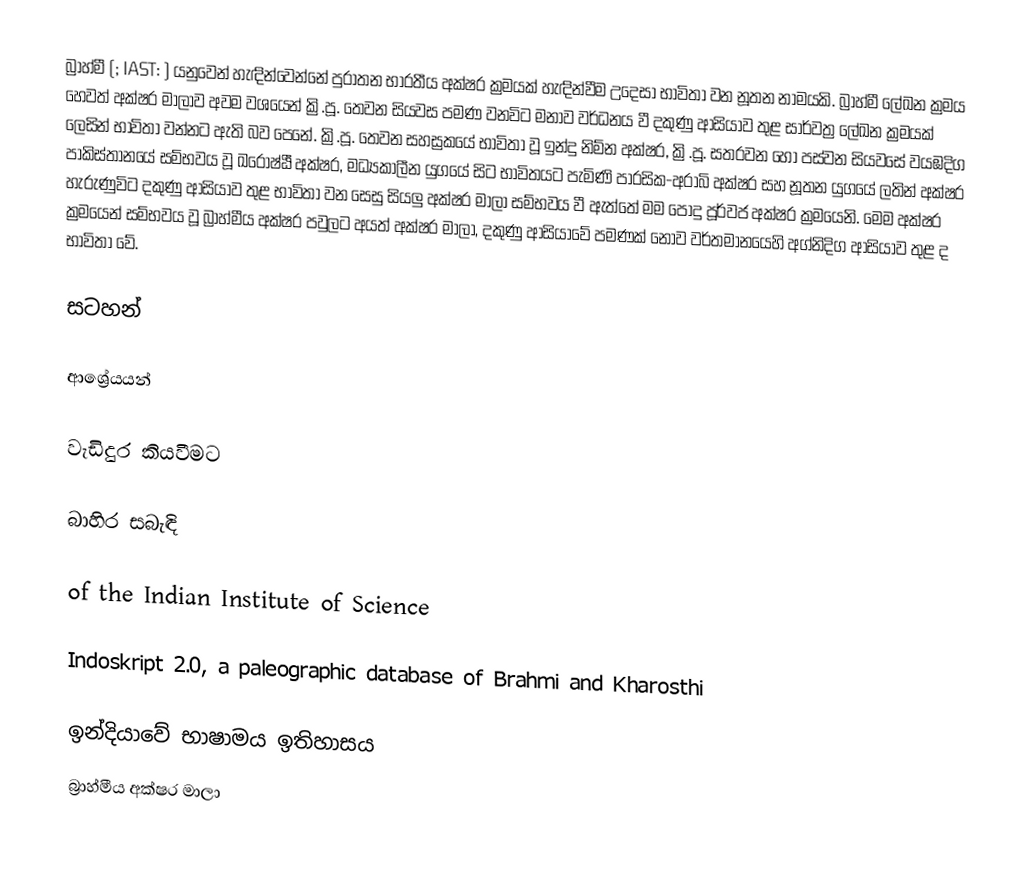
බ්‍රාහ්මී (; IAST: )  යනුවෙන් හැඳින්වෙන්නේ පුරාතන භාරතීය අක්ෂර ක්‍රමයක් හැඳින්වීම උදෙසා භාවිතා වන නූතන නාමයකි. බ්‍රාහ්මී ලේඛන ක්‍රමය හෙවත් අක්ෂර මාලාව අවම වශයෙන් ක්‍රි.පූ. තෙවන සියවස පමණ වනවිට මනාව වර්ධනය වී දකුණු ආසියාව තුළ සාර්වත්‍ර ලේඛන ක්‍රමයක් ලෙසින් භාවිතා වන්නට ඇති බව පෙනේ. ක්‍රි.පූ. තෙවන සහස්‍රකයේ භාවිතා වූ ඉන්දු නිම්න අක්ෂර, ක්‍රි.පූ. සතරවන හෝ පස්වන සියවසේ වයඹදිග පාකිස්තානයේ සම්භවය වූ ඛරෝෂ්ඨී අක්ෂර, මධ්‍යකාලීන යුගයේ සිට භාවිතයට පැමිණි පාරසික-අරාබි අක්ෂර සහ නූතන යුගයේ ලතින් අක්ෂර හැරුණුවිට දකුණු ආසියාව තුළ භාවිතා වන සෙසු සියලු අක්ෂර මාලා සම්භවය වී ඇත්තේ මම පොදු පූර්වජ අක්ෂර ක්‍රමයෙනි. මෙම අක්ෂර ක්‍රමයෙන් සම්භවය වූ බ්‍රාහ්මීය අක්ෂර පවුලට අයත් අක්ෂර මාලා, දකුණු ආසියාවේ පමණක් නොව වර්තමානයෙහි අග්නිදිග ආසියාව තුළ ද භාවිතා වේ.

සටහන්

ආශ්‍රේයයන්

වැඩිදුර කියවීමට

බාහිර සබැඳි

 of the Indian Institute of Science

Indoskript 2.0, a paleographic database of Brahmi and Kharosthi

ඉන්දියාවේ භාෂාමය ඉතිහාසය
බ්‍රාහ්මීය අක්ෂර මාලා